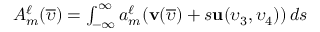
\begin{array} { r } { A _ { m } ^ { \ell } ( \overline { { \upsilon } } ) = \int _ { - \infty } ^ { \infty } a _ { m } ^ { \ell } ( \mathbf { v } ( \overline { { \upsilon } } ) + s \mathbf { u } ( \upsilon _ { 3 } , \upsilon _ { 4 } ) ) \mathop { d s } } \end{array}